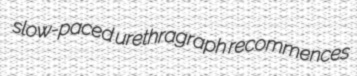
slow-paced urethragraph recommences